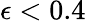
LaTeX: \epsilon<0.4